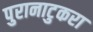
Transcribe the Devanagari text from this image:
पुरानाटुकरा